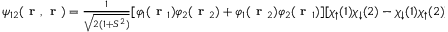
\begin{array} { r } { \psi _ { 1 2 } ( \textbf { r } , \textbf { r } ) = \frac { 1 } { \sqrt { 2 ( 1 + S ^ { 2 } ) } } [ \varphi _ { 1 } ( \textbf { r } _ { 1 } ) \varphi _ { 2 } ( \textbf { r } _ { 2 } ) + \varphi _ { 1 } ( \textbf { r } _ { 2 } ) \varphi _ { 2 } ( \textbf { r } _ { 1 } ) ] [ \chi _ { \uparrow } ( 1 ) \chi _ { \downarrow } ( 2 ) - \chi _ { \downarrow } ( 1 ) \chi _ { \uparrow } ( 2 ) ] . } \end{array}